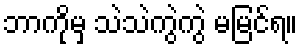
ဘာကိုမှ သဲသဲကွဲကွဲ မမြင်ရ။